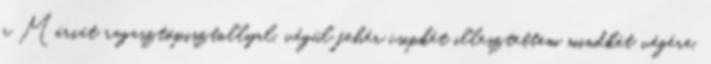
a Máriát ragasztópisztollyal, végül fehér csipkét illesztettem mindkét végére.